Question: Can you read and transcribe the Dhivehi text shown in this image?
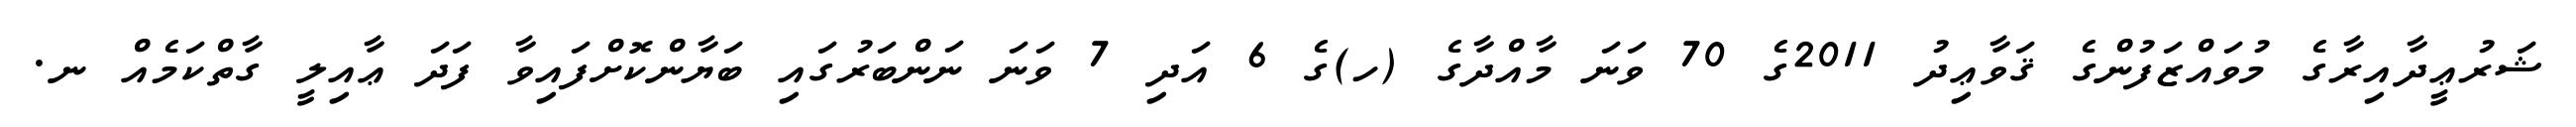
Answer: ޝަރުޢީދާއިރާގެ މުވައްޒަފުންގެ ޤަވާޢިދު 2011ގެ 70 ވަނަ މާއްދާގެ (ހ)ގެ 6 އަދި 7 ވަނަ ނަންބަރުގައި ބަޔާންކޮށްފައިވާ ފަދަ ޢާއިލީ ގާތްކަމެއް ނ.